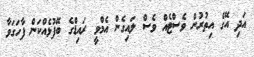
އަދި އޭގެ އިތުރުން ވެސްޓެއް ވެސް ލައިގެން އެމްވީ ރައިޑްގެ ބޭފުޅެއްކަން ފާހަގަވާ